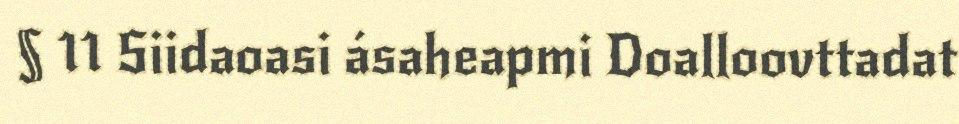
§ 11 Siidaoasi ásaheapmi Doalloovttadat